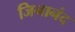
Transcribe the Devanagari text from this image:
जिनानंद